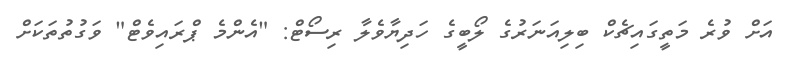
އަށް ވުރެ މަތީގައިޗެކް ބިލިއަނަރުގެ ލޯބީގެ ހަދިޔާވެލާ ރިސޯޓް: "އެންމެ ޕްރައިވެޓް" ވަގުތުތަކަށް